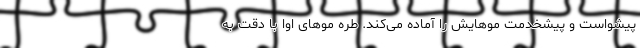
پیشواست و پیشخدمت موهایش را آماده می‌کند. طره موهای اوا با دقت به